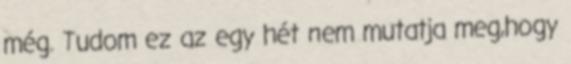
még. Tudom ez az egy hét nem mutatja meg,hogy